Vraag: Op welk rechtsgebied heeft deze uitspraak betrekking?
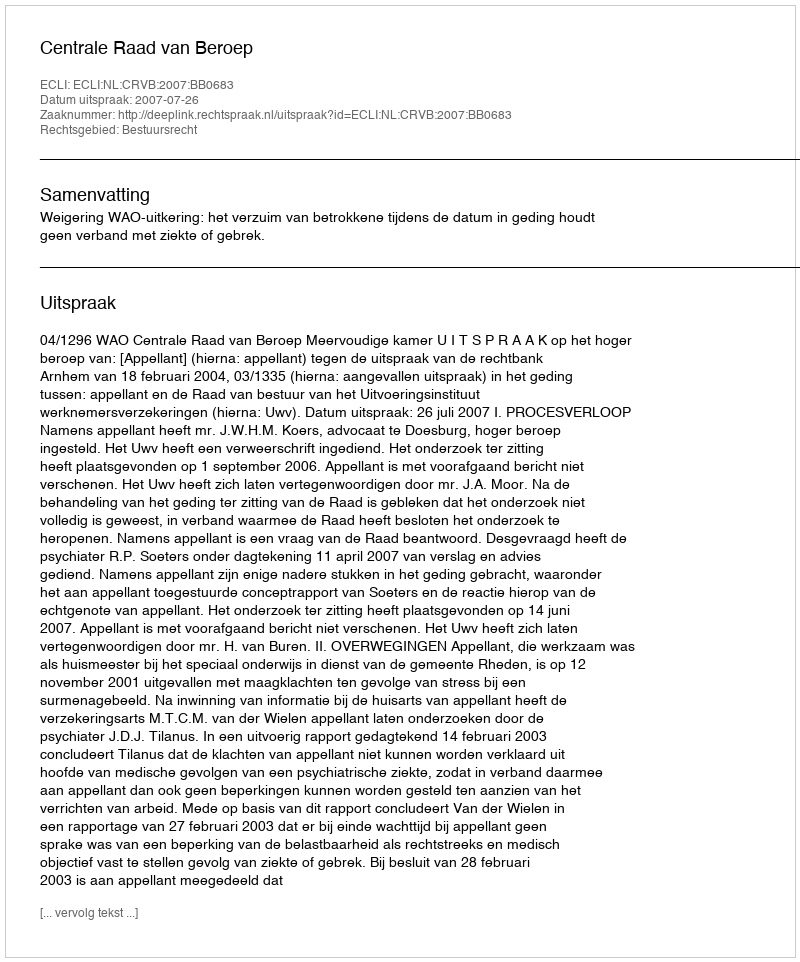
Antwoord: Bestuursrecht